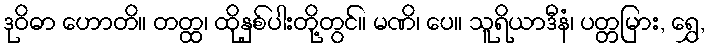
ဒုဝိဓာ ဟောတိ။ တတ္ထ၊ ထိုနှစ်ပါးတို့တွင်။ မဏိ၊ ပေ။ သူရိယာဒီနံ၊ ပတ္တမြား, ရွှေ,